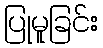
ပြုမူခြင်း